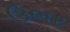
ઉભર